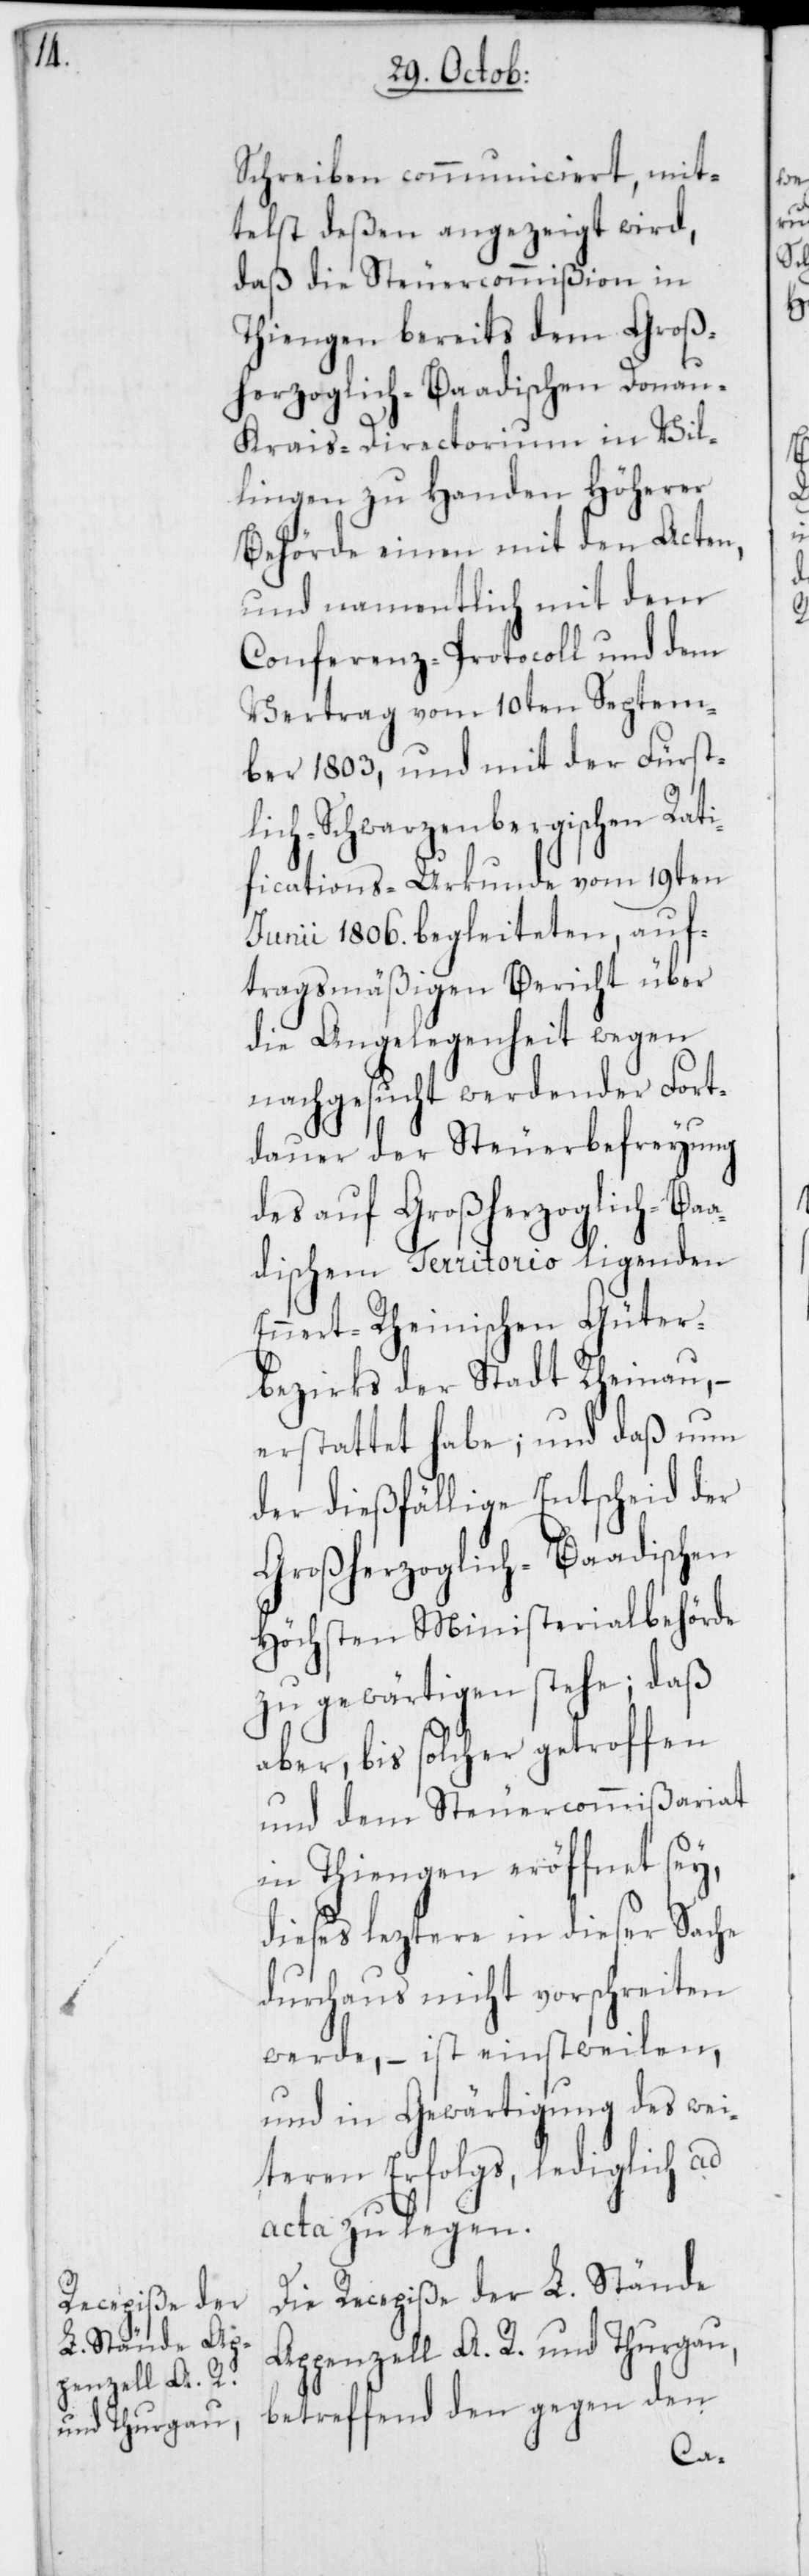
Schreiben communiciert, mit¬
telst deßen angezeigt wird,
daß die Steuercommißion in
Thiengen bereits dem Groß¬
herzoglich-Baadischen Donau-K¬
rais-Directorium in Vil¬
lingen zu Handen Höherer
Behörde einen mit den Acten,
und namentlich mit dem
Conferenz-Protocoll und dem
Vertrag vom 10ten Septem¬
ber 1803, und mit der Fürst¬
lich-Schwarzenbergischen Rati¬
fications-Urkunde vom 19ten
Juny 1806. begleiteten, auf¬
tragsmäßigen Bericht über
die Angelegenheit wegen
nachgesucht werdender Fort¬
dauer der Steuerbefreyung
des auf Großherzoglich-Baa¬
dischem Territorio ligenden
Ennert-Rheinischen Güter¬
bezirks der Stadt Rheinau, –
erstattet habe; und daß nun
der diesfällige Entscheid der
Großherzoglich-Baadischen
Höchsten Ministerialbehörde
zu gewärtigen stehe; daß
aber, bis solcher getroffen
und dem Steuercommißariat
in Thiengen eröffnet sey,
dieses leztere in dieser Sache
durchaus nicht vorschreiten
werde, – ist einstweilen
und in Gewärtigung des wei¬
teren Erfolgs, lediglich ad
acta zu legen.
Die Recepiße der L. Stände
Appenzell A. R. und Thurgau,
betreffend den gegen den